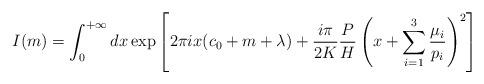
LaTeX: \begin{align*}I(m)=\int_{0}^{+\infty}dx\exp\left[2\pi ix(c_{0}+m+\lambda)+\frac{i\pi}{2K}\frac{P}{H}\left(x+\sum_{i=1}^{3}\frac{\mu_{i}}{p_{i}}\right)^{2}\right]\end{align*}